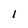
Character: l